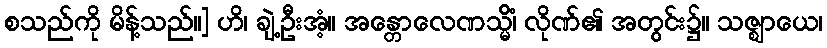
စသည်ကို မိန့်သည်။] ဟိ၊ ချဲ့ဦးအံ့။ အန္တောလေဏသ္မိံ၊ လိုဏ်၏ အတွင်း၌။ သဇ္ဈာယေ၊